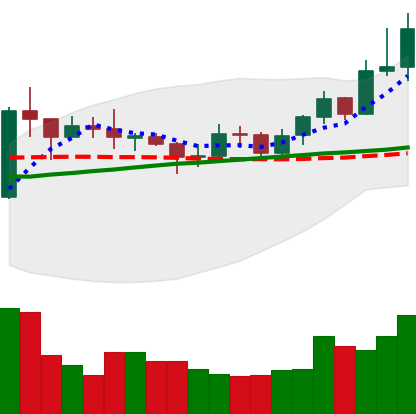
Ticker: XRP-USD
Chart end date: 2020-07-27
Forward return: 29.444%
Label: up_7plus